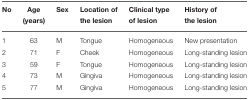
| No | Age (years) | Sex | Location of the lesion | Clinical type of lesion | History of the lesion |
 | --- | --- | --- | --- | --- | --- |
 | 1 | 63 | M | Tongue | Homogeneous | New presentation |
 | 2 | 71 | F | Cheek | Homogeneous | Long-standing lesion |
 | 3 | 59 | F | Tongue | Homogeneous | Long-standing lesion |
 | 4 | 73 | M | Gingiva | Homogeneous | Long-standing lesion |
 | 5 | 77 | M | Gingiva | Homogeneous | Long-standing lesion |